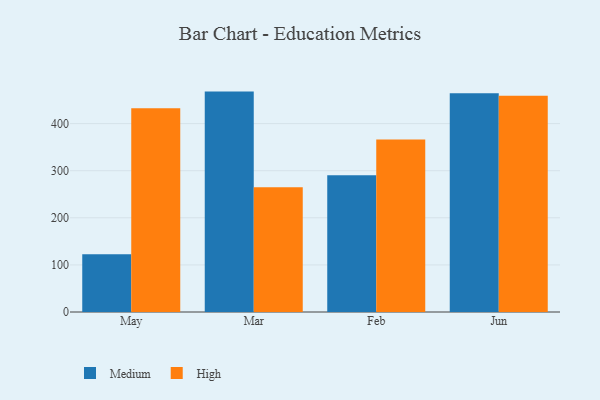
{"axis": {"x": "Month", "y": "Revenue (USD Million)"}, "legend": ["High", "Medium"], "data": [{"x": "May", "y": 122.4, "type": "Medium"}, {"x": "May", "y": 432.5, "type": "High"}, {"x": "Mar", "y": 468.0, "type": "Medium"}, {"x": "Mar", "y": 264.7, "type": "High"}, {"x": "Feb", "y": 290.2, "type": "Medium"}, {"x": "Feb", "y": 366.2, "type": "High"}, {"x": "Jun", "y": 464.3, "type": "Medium"}, {"x": "Jun", "y": 459.0, "type": "High"}]}